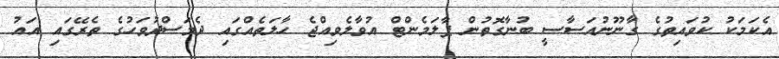
އެކަމަކު ކުވައިތުގެ ގާނޫނުއަސާސީ ބުނާގޮތުން ޕާލަމެންޓް އުވާލެވިއްޖެ ހާލަތެއްގައި ދެމަސްދުވަހުގެ ތެރޭގައި އައު